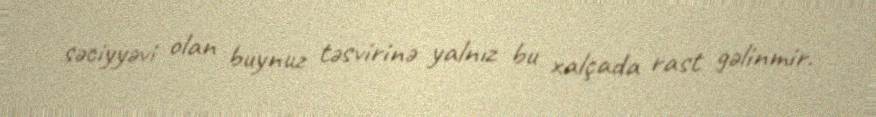
səciyyəvi olan buynuz təsvirinə yalnız bu xalçada rast gəlinmir.